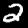
Label: 2